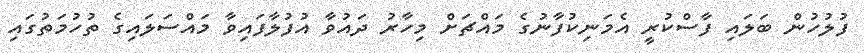
ފުލުހުން ބަލައި ފާސްކުރީ އެމަނިކުފާނުގެ މައްޗަށް މިހާރު ދައުވާ އުފުލާފައިވާ މައްސަލައިގެ ތުހުމަތުގައި